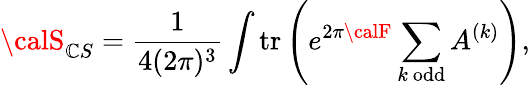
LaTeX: {\calS}_{\mathbb{C}S}=\frac{{1}}{{4(2\pi)^{3}}}\int\mathrm{{tr}}\left(e^{2\pi{\calF}}\sum_{k~\mathrm{{odd}}}A^{(k)}\right),